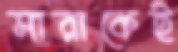
সারাকেই